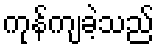
ကုန်ကျခဲ့သည်